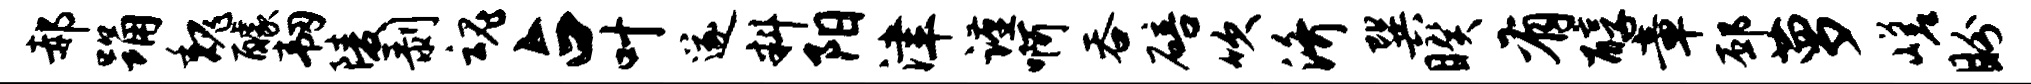
郝踊魏醵韧陵剥魂占叶遂料阳津谨啊吞碚吹济巽睽有醇章邳萝嵯盼